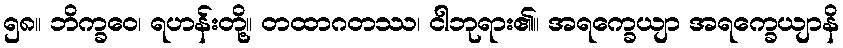
၅၈။ ဘိက္ခဝေ၊ ရဟန်းတို့။ တထာဂတဿ၊ ငါဘုရား၏။ အရက္ခေယျာ အရက္ခေယျာနိ